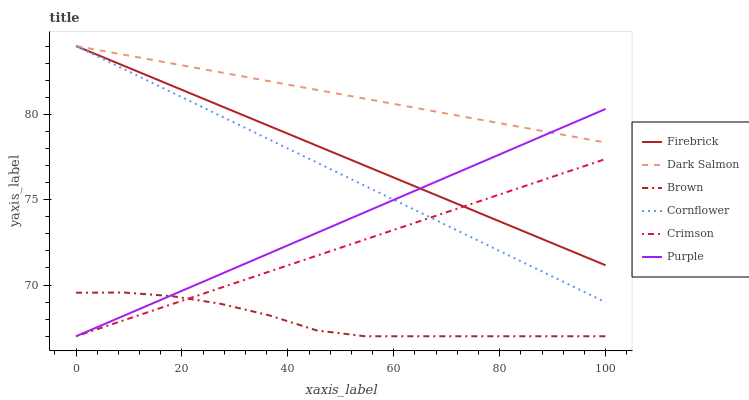
| xaxis_label | Firebrick | Dark Salmon | Brown | Cornflower | Crimson | Purple |
 | --- | --- | --- | --- | --- | --- | --- |
 | 0 | 84 | 84 | 69.5 | 84 | 67 | 67 |
 | 9.09 | 82.8 | 83.5 | 69.6 | 82.6 | 67.9 | 68.2 |
 | 18.2 | 81.7 | 83 | 69.3 | 81.3 | 68.9 | 69.4 |
 | 27.3 | 80.5 | 82.5 | 68.9 | 79.9 | 69.8 | 70.6 |
 | 36.4 | 79.3 | 81.9 | 68.2 | 78.5 | 70.8 | 71.8 |
 | 45.5 | 78.2 | 81.4 | 67.3 | 77.2 | 71.7 | 73.1 |
 | 54.5 | 77 | 80.9 | 67 | 75.8 | 72.7 | 74.3 |
 | 63.6 | 75.8 | 80.4 | 67 | 74.4 | 73.6 | 75.5 |
 | 72.7 | 74.7 | 79.9 | 67 | 73.1 | 74.5 | 76.7 |
 | 81.8 | 73.5 | 79.4 | 67 | 71.7 | 75.5 | 77.9 |
 | 90.9 | 72.3 | 78.9 | 67 | 70.4 | 76.4 | 79.1 |
 | 100 | 71.2 | 78.3 | 67 | 69 | 77.4 | 80.3 |